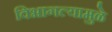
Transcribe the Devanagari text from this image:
विभागल्यामुळे